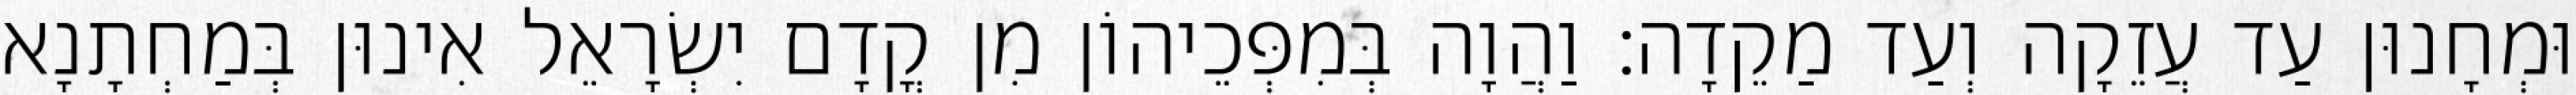
וּמְחָנוּן עַד עֲזֵקָה וְעַד מַקֵדָה׃ וַהֲוָה בְּמִפְּכֵיהוֹן מִן קֳדָם יִשְׂרָאֵל אִינוּן בְּמַחְתָנָא